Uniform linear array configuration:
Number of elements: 32
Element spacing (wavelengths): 0.25
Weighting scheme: uniform
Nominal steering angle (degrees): -15
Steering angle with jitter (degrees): -13.229
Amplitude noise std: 0.05
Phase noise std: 0.05

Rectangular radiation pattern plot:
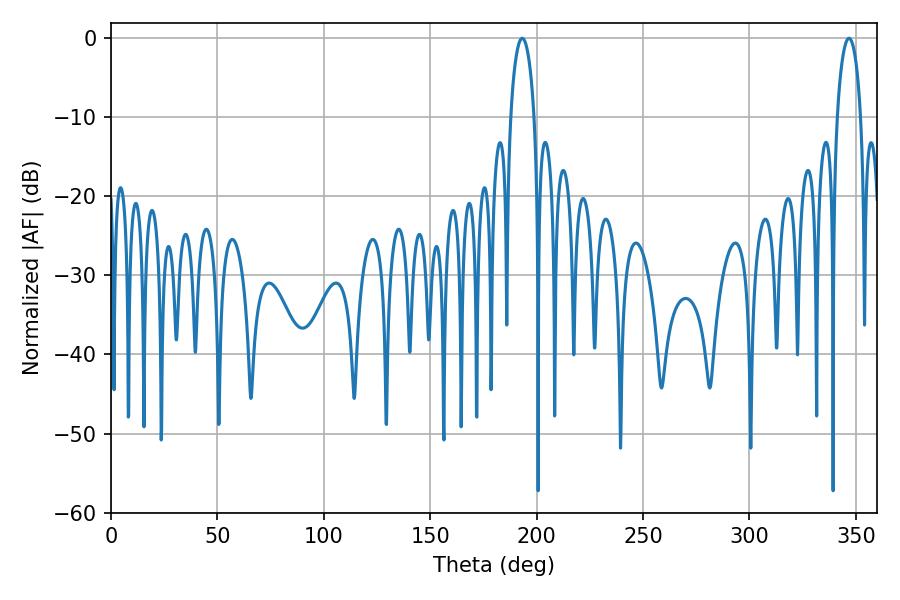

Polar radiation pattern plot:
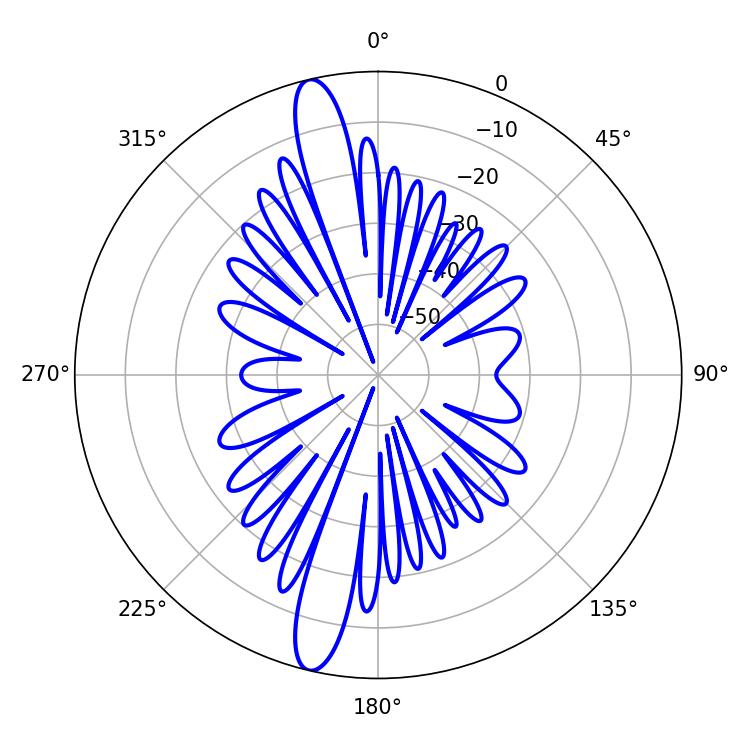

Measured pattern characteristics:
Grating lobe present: FALSE
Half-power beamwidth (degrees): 6.3
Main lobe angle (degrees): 193.32